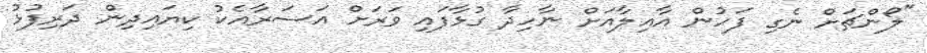
"ލޯންޗަށް ނެގި ފަހުން އާއިލާއަށް ނާހިދާ ގުޅާފައި ވަރަށް އަސަރާއެކު ކިޔައިދިން ދަރިފުޅު